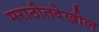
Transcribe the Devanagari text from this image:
मराठीतदेखील